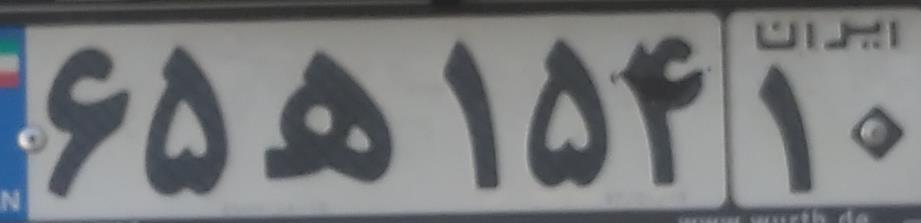
۶۵ه۱۵۴۱۰